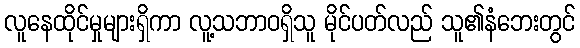
လူနေထိုင်မှုများရှိကာ လူ့သဘာဝရှိသူ မိုင်ပတ်လည် သူ၏နံဘေးတွင်